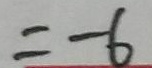
= - 6